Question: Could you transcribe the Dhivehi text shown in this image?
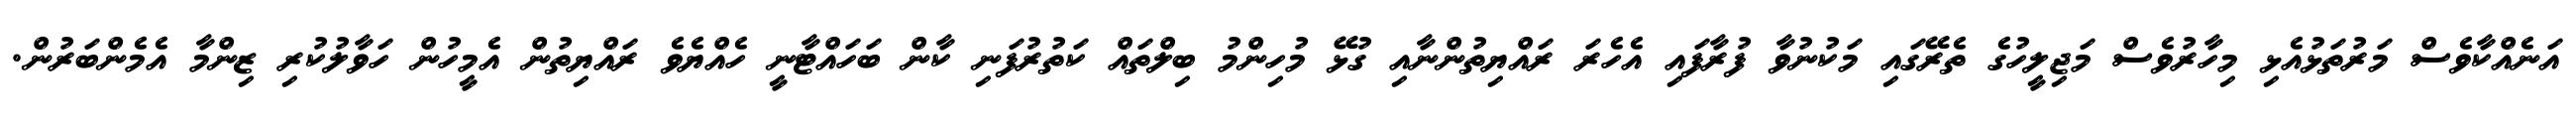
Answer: އަނެއްކާވެސް މަރުތަޅުއެޅި މިހާރުވެސް މަޖިލީހުގެ ތެރޭގައި މަކުނުވާ ފުރާފައި އެހެރަ ރައްޔިތުންނާއި ގުޅޭ މުހިންމު ބިލްތައް ކަތުރުފަނި ކާން ބަހައްޓާނީ ހެއްޔެވެ ރައްޔިތުން އެމީހުން ހަވާލުކުރި ޒިންމާ އެމެންބަރުން.